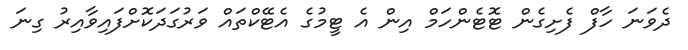
ދެވަނަ ހާފް ފެށިގެން ޓޮޓެންހަމް އިން އެ ޓީމުގެ އެޓޭކްތައް ވަރުގަދަކޮށްފައިވާއިރު ގިނަ